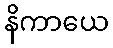
နိကာယေ